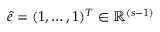
\boldsymbol { \hat { e } } = ( 1 , \ldots , 1 ) ^ { T } \in \mathbb { R } ^ { ( s - 1 ) }